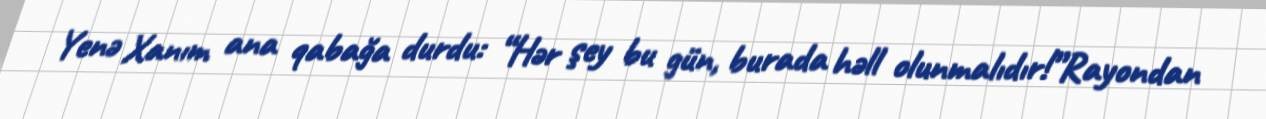
Yenə Xanım ana qabağa durdu: “Hər şey bu gün, burada həll olunmalıdır!”Rayondan